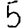
Digit: 5